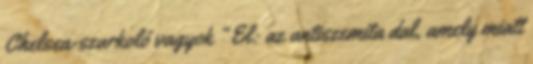
Chelsea-szurkoló vagyok ” El: az antiszemita dal, amely miatt